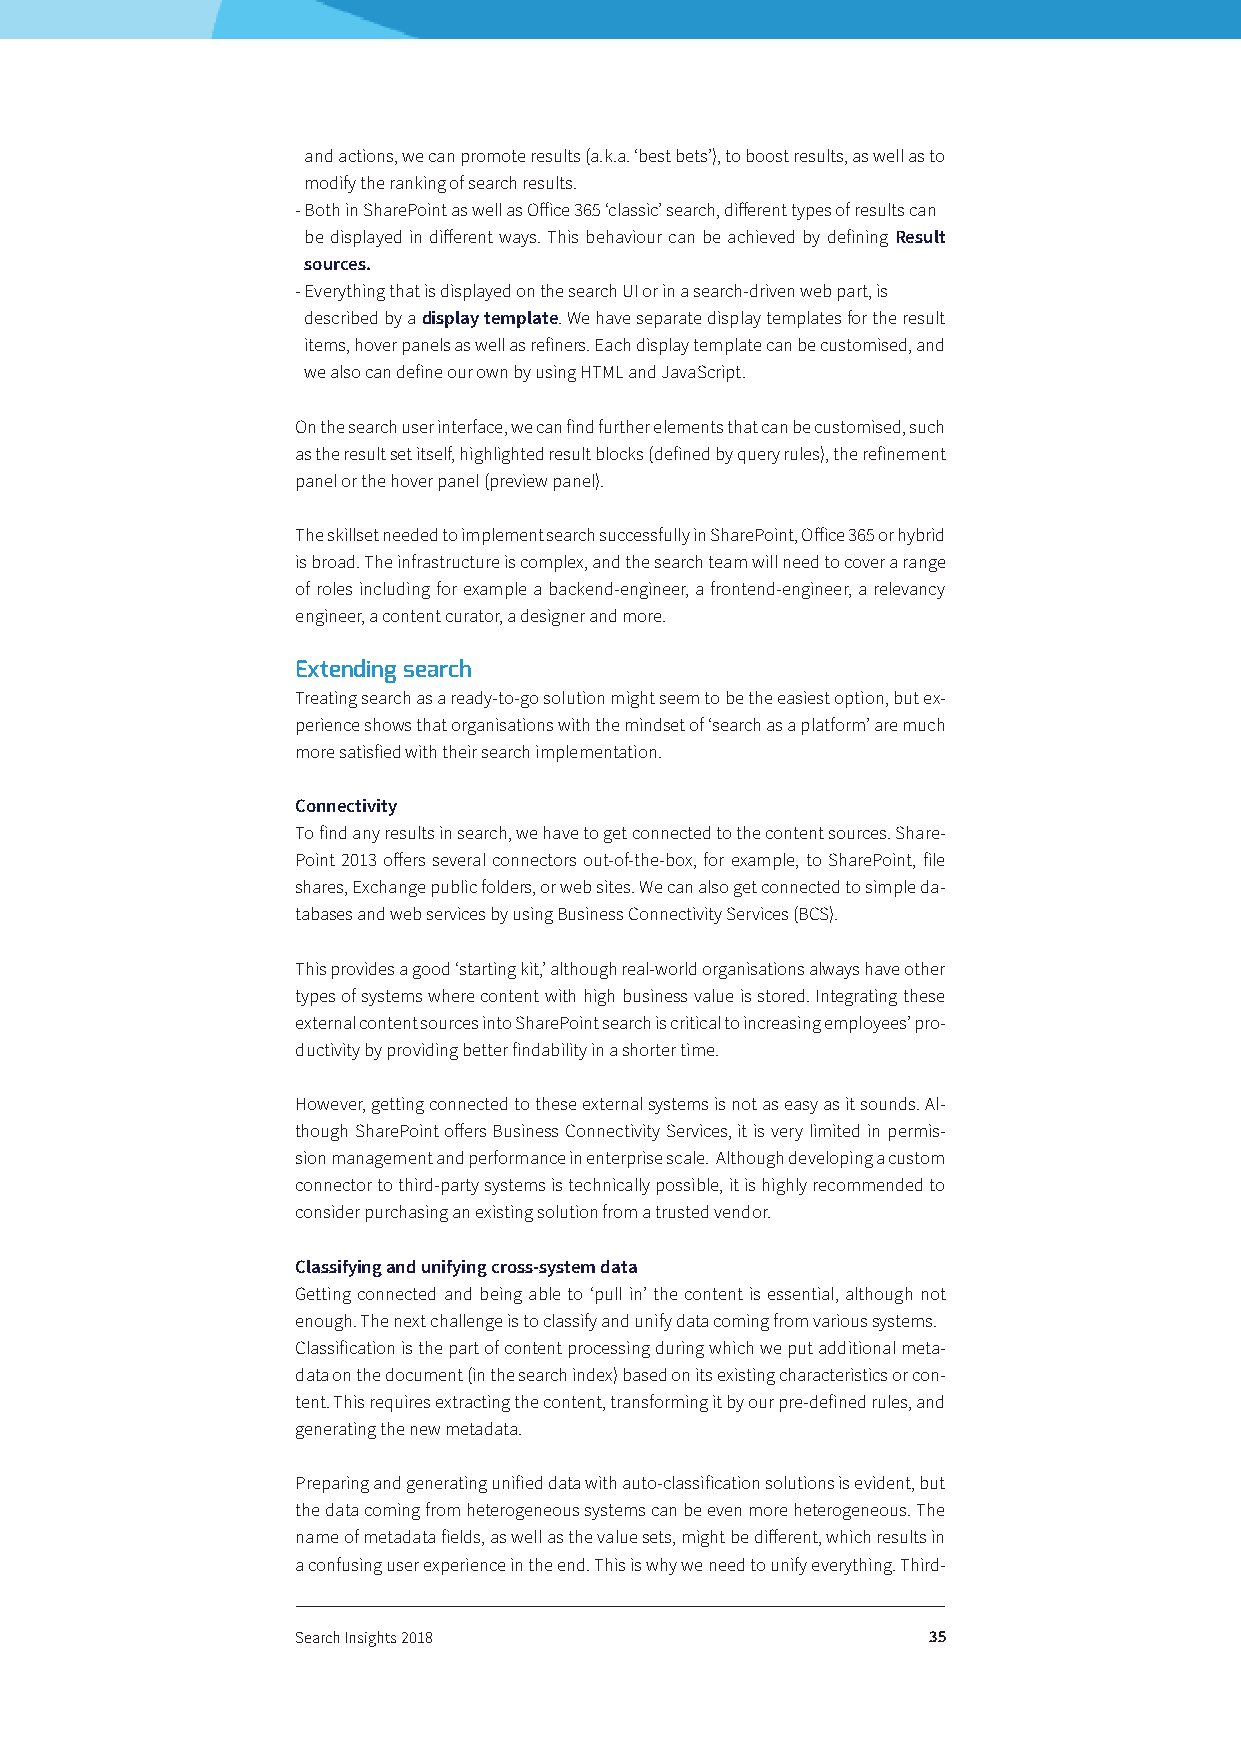
and actions, we can promote results (a.k.a. ‘best bets’), to boost results, as well as to
 modify the ranking of search results.
 - Both in SharePoint as well as Office 365 ‘classic’ search, different types of results can
 be displayed in different ways. This behaviour can be achieved by defining Result
 sources.
 - Everything that is displayed on the search UI or in a search-driven web part, is
 described by a display template. We have separate display templates for the result
 items, hover panels as well as refiners. Each display template can be customised, and
 we also can define our own by using HTML and JavaScript.
 On the search user interface, we can find further elements that can be customised, such
 as the result set itself, highlighted result blocks (defined by query rules), the refinement
 panel or the hover panel (preview panel).
 The skillset needed to implement search successfully in SharePoint, Office 365 or hybrid
 is broad. The infrastructure is complex, and the search team will need to cover a range
 of roles including for example a backend-engineer, a frontend-engineer, a relevancy
 engineer, a content curator, a designer and more.
 Extending search
 Treating search as a ready-to-go solution might seem to be the easiest option, but ex-
 perience shows that organisations with the mindset of ‘search as a platform’ are much
 more satisfied with their search implementation.
 Connectivity
 To find any results in search, we have to get connected to the content sources. Share-
 Point 2013 offers several connectors out-of-the-box, for example, to SharePoint, file
 shares, Exchange public folders, or web sites. We can also get connected to simple da-
 tabases and web services by using Business Connectivity Services (BCS).
 This provides a good ‘starting kit,’ although real-world organisations always have other
 types of systems where content with high business value is stored. Integrating these
 external content sources into SharePoint search is critical to increasing employees’ pro-
 ductivity by providing better findability in a shorter time.
 However, getting connected to these external systems is not as easy as it sounds. Al-
 though SharePoint offers Business Connectivity Services, it is very limited in permis-
 sion management and performance in enterprise scale. Although developing a custom
 connector to third-party systems is technically possible, it is highly recommended to
 consider purchasing an existing solution from a trusted vendor.
 Classifying and unifying cross-system data
 Getting connected and being able to ‘pull in’ the content is essential, although not
 enough. The next challenge is to classify and unify data coming from various systems.
 Classification is the part of content processing during which we put additional meta-
 data on the document (in the search index) based on its existing characteristics or con-
 tent. This requires extracting the content, transforming it by our pre-defined rules, and
 generating the new metadata.
 Preparing and generating unified data with auto-classification solutions is evident, but
 the data coming from heterogeneous systems can be even more heterogeneous. The
 name of metadata fields, as well as the value sets, might be different, which results in
 a confusing user experience in the end. This is why we need to unify everything. Third-
 Search Insights 2018                     35